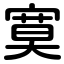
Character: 寞